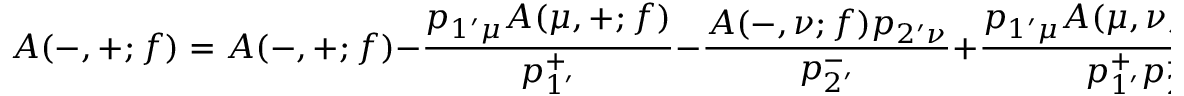
{ \cal A } ( - , + ; f ) = { \cal A } ( - , + ; f ) - \frac { p _ { 1 ^ { \prime } \mu } { \cal A } ( \mu , + ; f ) } { p _ { 1 ^ { \prime } } ^ { + } } - \frac { { \cal A } ( - , \nu ; f ) p _ { 2 ^ { \prime } \nu } } { p _ { 2 ^ { \prime } } ^ { - } } + \frac { p _ { 1 ^ { \prime } \mu } { \cal A } ( \mu , \nu ; f ) p _ { 2 ^ { \prime } \nu } } { p _ { 1 ^ { \prime } } ^ { + } p _ { 2 ^ { \prime } } ^ { - } } .